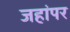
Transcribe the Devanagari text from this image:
जहांपर